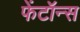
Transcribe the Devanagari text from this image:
फेंटॉन्स